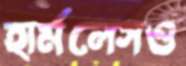
হার্মলেসও